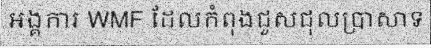
អង្គការ WMF ដែលកំពុងជួសជុលប្រាសាទ